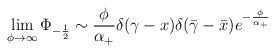
\begin{align*}\lim_{\phi \rightarrow \infty }\Phi _{-\frac 12}\sim \frac \phi {\alpha_{+}}\delta (\gamma -x)\delta (\bar \gamma -\bar x)e^{-\frac {\phi}{\alpha_{+}}} \end{align*}